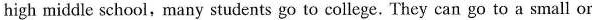
high middle school,many students go to college. They can go to a small or